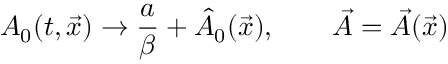
A _ { 0 } ( t , \vec { x } ) \rightarrow { \frac { a } { \beta } } + \hat { A } _ { 0 } ( \vec { x } ) , \qquad \vec { A } = \vec { A } ( \vec { x } )